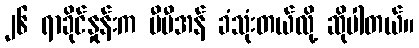
၂၆ ရာခိုင်နှုန်းက ဗီပီအန် ခံသုံးတယ်လို့ ဆိုပါတယ်။